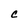
Character: C